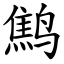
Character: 鹪